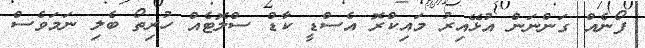
ފޯނެއް ގަންނަން އުޅޭއިރު މައިކްރޮ އެސްޑީ ކާޑް ސްލޮޓެއް ހުރިތޯ ބެލި ނަމަވެސް